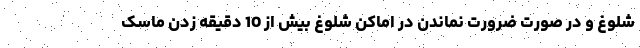
شلوغ و در صورت ضرورت نماندن در اماکن شلوغ بیش از 10 دقیقه زدن ماسک